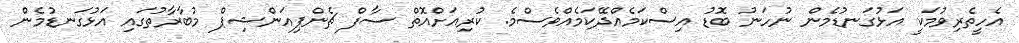
އެހީތެރިވުމަކީ އަޅުގަނޑުމެން ނުހަނު ބޮޑު އިސްކަމެއްދޭކަމެއްވެސްމެ. ކުރިއަށްއޮތް ސާފް ޗެންޕިއަންޝިޕް މުބާރާތުގައި އަޅުގަނޑުމެން